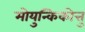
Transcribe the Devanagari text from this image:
मोयुन्किकोत्तु